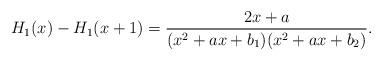
LaTeX: \begin{align*}H_1(x)-H_1(x+1)=\frac{2x+a}{(x^2+a x+b_1)(x^2+a x+b_2)}.\end{align*}